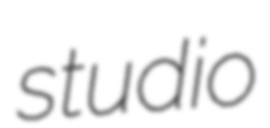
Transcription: studio